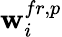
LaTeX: \textbf{w}_{i}^{fr,p}